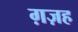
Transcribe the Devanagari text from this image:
ग़ज़ह